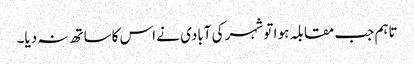
تاہم جب مقابلہ ہو ا تو شہر کی آبادی نے اس کاساتھ نہ دیا۔